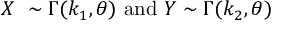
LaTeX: X ~ \sim \Gamma ( k _ { 1 } , \theta ) { \mathrm { ~ a n d ~ } } Y \sim \Gamma ( k _ { 2 } , \theta )